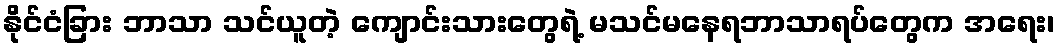
နိုင်ငံခြား ဘာသာ သင်ယူတဲ့ ကျောင်းသားတွေရဲ့ မသင်မနေရဘာသာရပ်တွေက အရေး၊